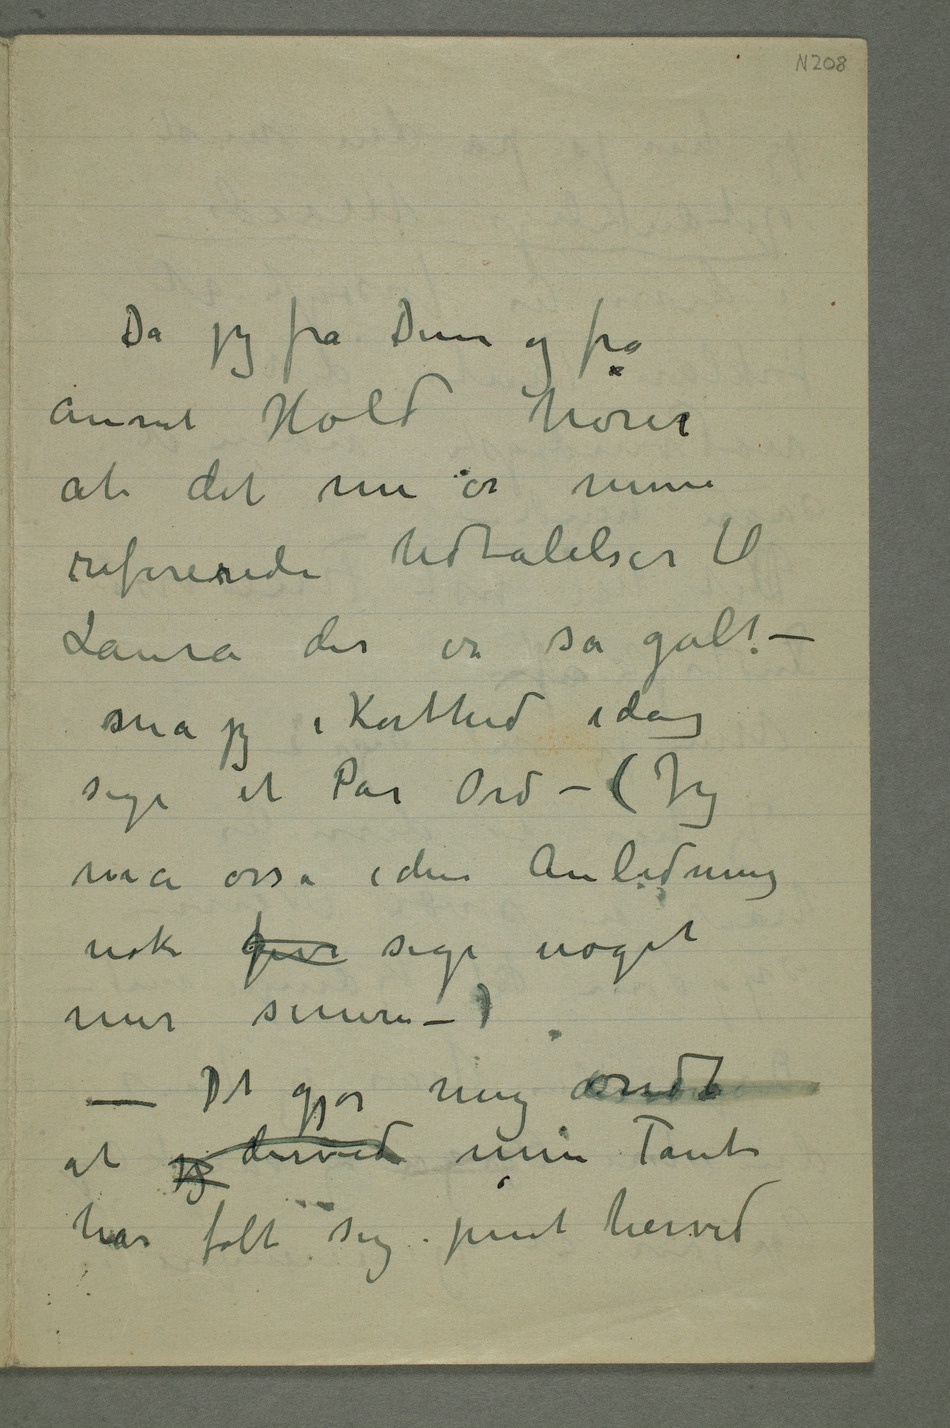
Da jeg fra Dem og fra
annet Hold hører
at det nu er mine
refererede Udtalelser til
Laura der er så galt –
små jeg i Korthed idag
sige et Par Ord – (Jeg
må osså i den Anledning
nok kgive sige noget
at jeg derved min Tante
har følt sig pint herved